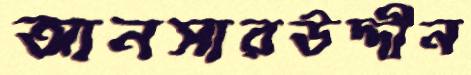
আনসারউদ্দীন